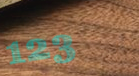
123